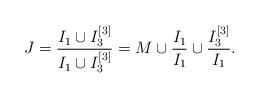
LaTeX: \begin{align*}J = \frac{I_1 \cup I_3^{[3]}}{I_1 \cup I_3^{[3]}} = M \cup \frac{I_1}{I_1} \cup \frac{I_3^{[3]}}{I_1}.\end{align*}